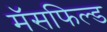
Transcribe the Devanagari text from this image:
मॅसफिल्ड